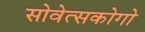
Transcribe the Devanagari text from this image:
सोवेत्सकोगो